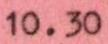
10.30